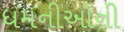
ધમનીઓની